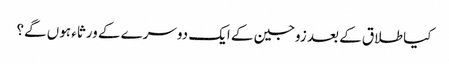
کیا طلاق کے بعد زوجین کے ایک دوسرے کے ورثاء‌ ہوں‌ گے؟